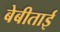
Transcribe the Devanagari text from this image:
बेबीताई